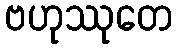
ဗဟုဿုတေ